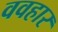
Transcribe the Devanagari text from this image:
ववहार